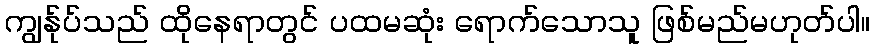
ကျွန်ုပ်သည် ထိုနေရာတွင် ပထမဆုံး ရောက်သောသူ ဖြစ်မည်မဟုတ်ပါ။